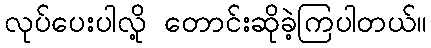
လုပ်ပေးပါလို့ တောင်းဆိုခဲ့ကြပါတယ်။